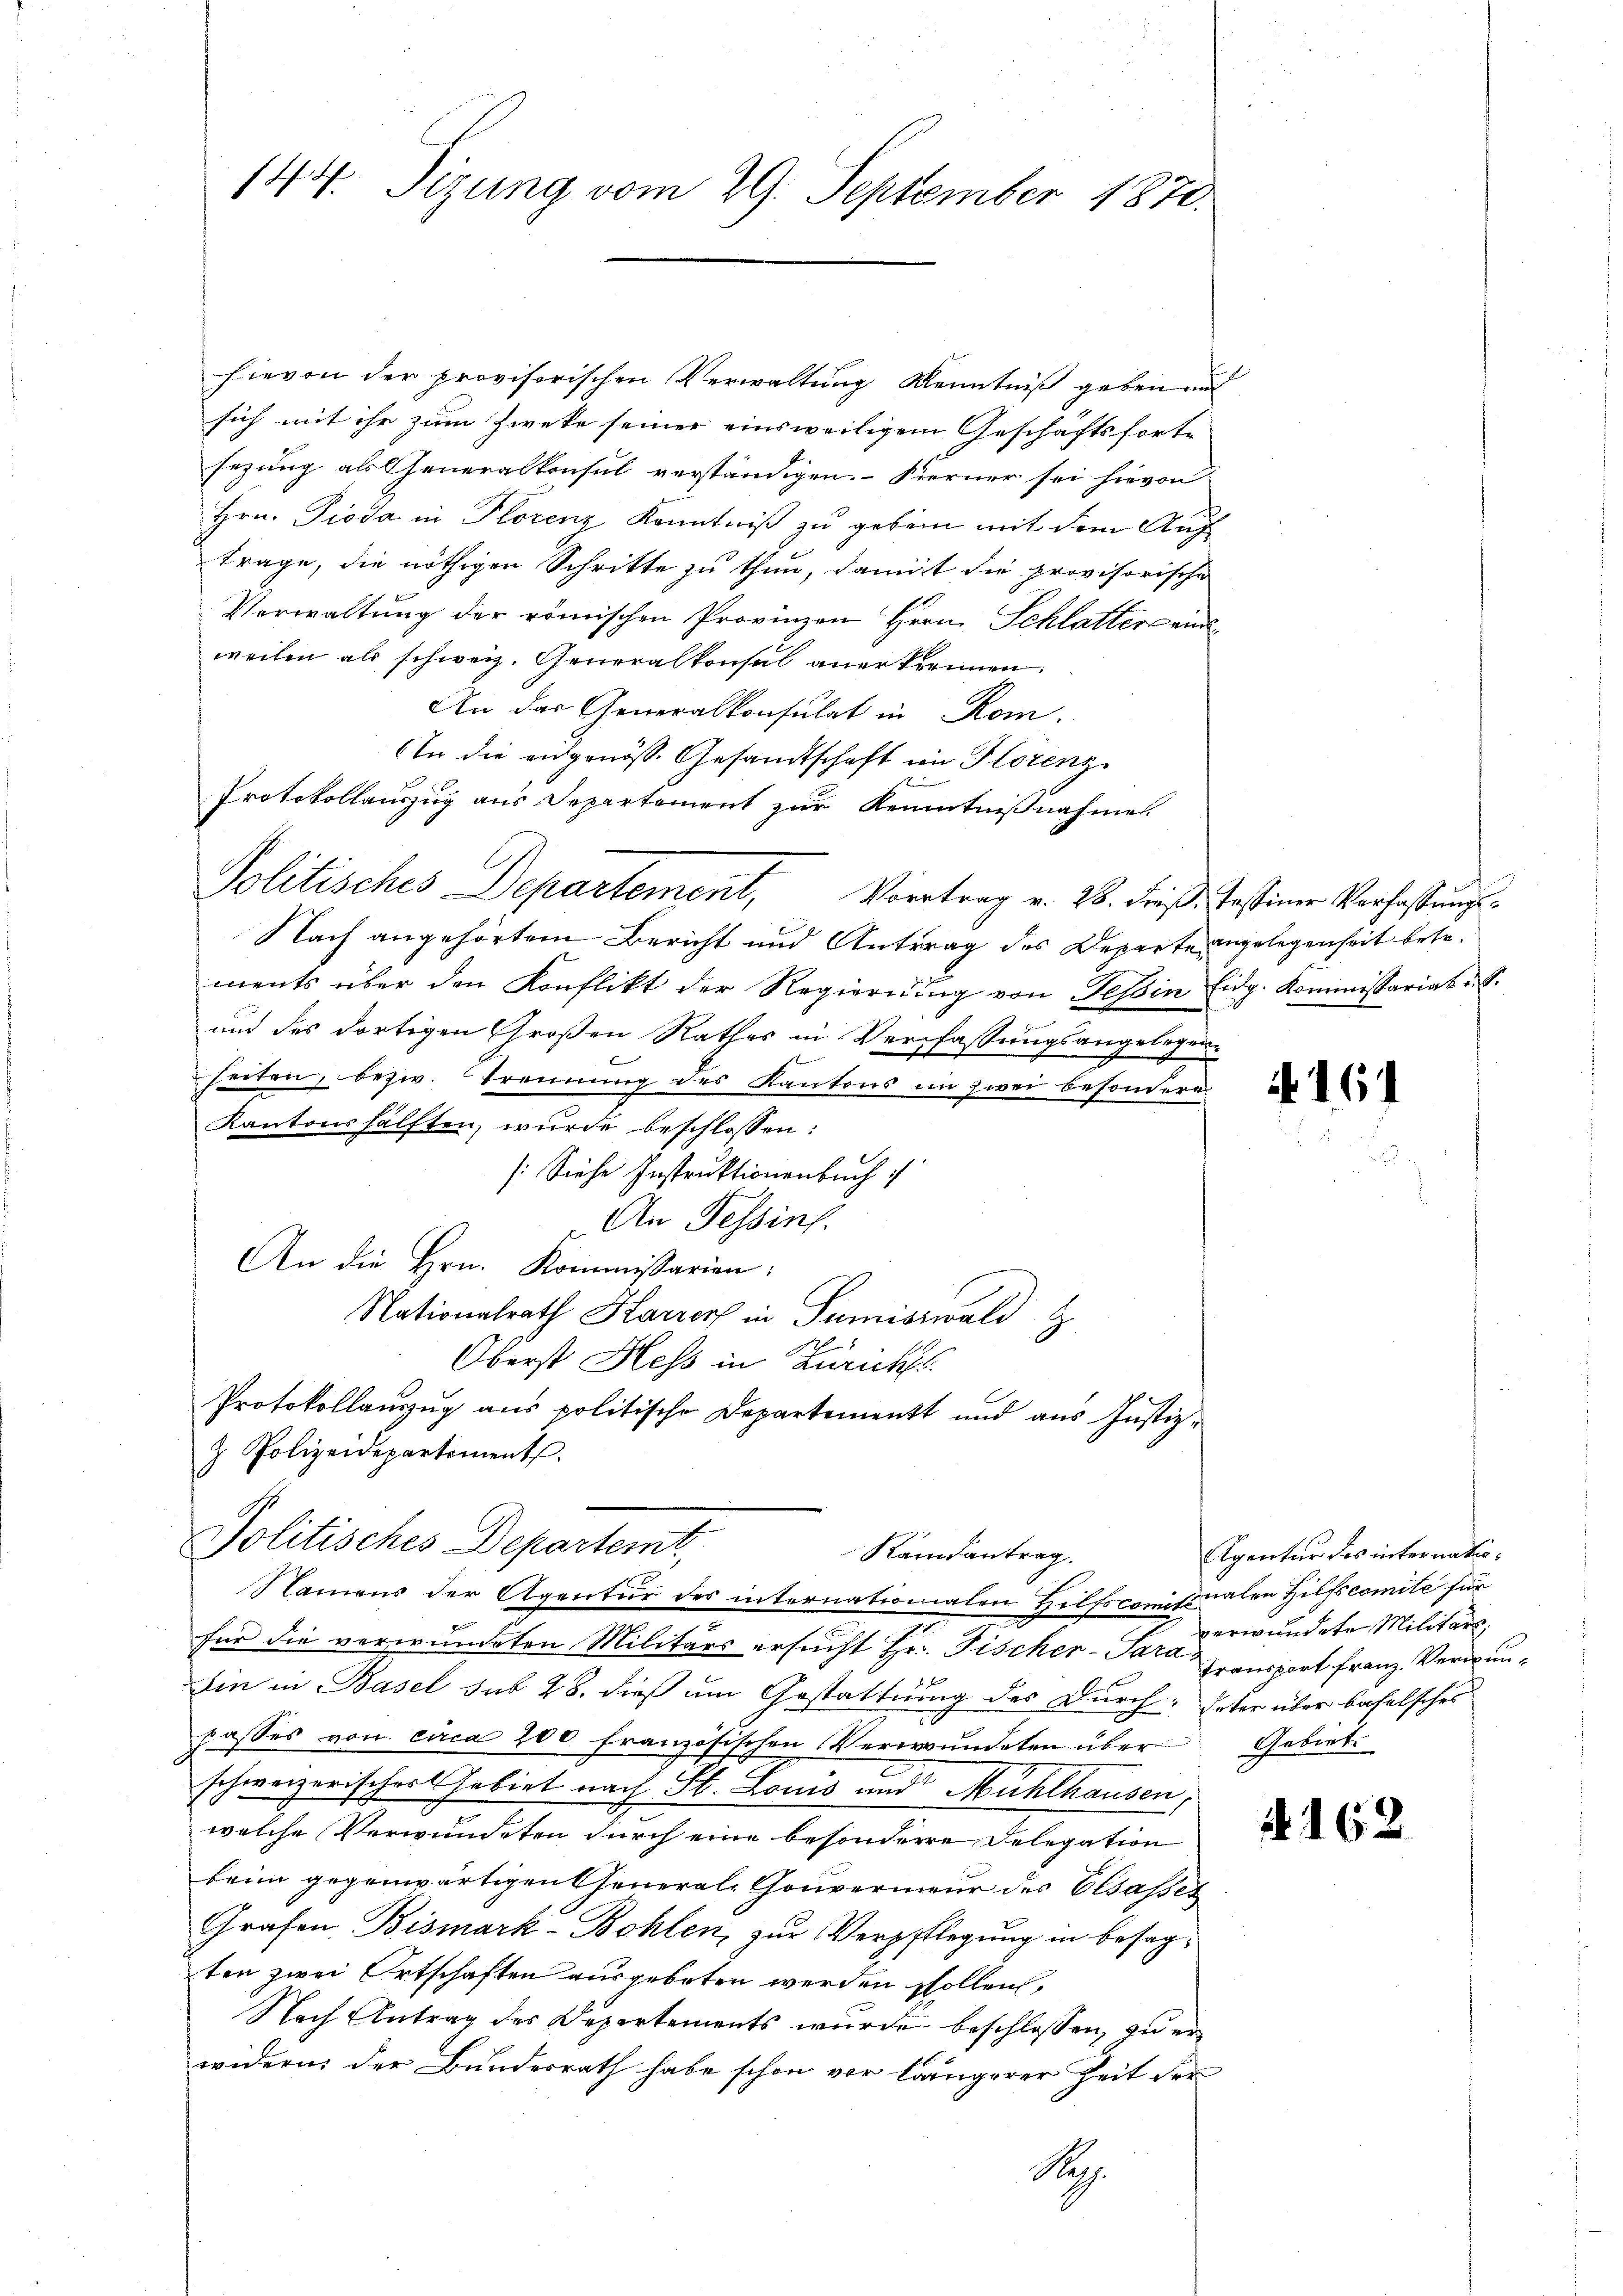
144. Tizung vom 29. September 1870.

hievon der provisorischen Verwaltung Kenntniß geben und
sich mit ihr zum Zweke seiner einsweiligem Geschäftsfort-
sezung als Generalkonsul verständigen. Ferner sei hievon
Hrn. Pioda in Plorenz Kenntniß zu geben mit dem Auftrage, die nöthigen Schritte zu thun, damit die provisorische
Verwaltung der römischen Provinzen Herrn Schlatter eine
weilen als schweiz. Generalkonsul anerkennen.
An das Generalkonsulat in Rom.
In die eidgenöss. Gesandtschaft im Florenz
Protokollauszug aus Departement zur Kenntnißnahme
.
Politisches Departement, Vortrag v. 28. dieß: Tessiner Verfassungs¬
Nach angehörtem Bericht und Antrag des Departe angelegenheit betr.
ments über den Konflikt der Regierung von Teßin Eidg. Kommissarias u. S.
und des dortigen Großen Rathes in Verpfassungsangelegen¬

seiten, bezw. Trennung des Kantons im zwei besondere
Kantonshälften, wurde beschlossen:
[Siehe Instruktionenbuch
An Tessins
An die Hrn. Kommissarien:
Nationalrath Harrer in Sumiswald
Oberst Hess in Züricht.
Protokollauszug aus politische Departement und aus Justiz¬
& Polizeidepartement.
Politisches Departemt,
Randantrag.
Namens der Agentur des internationalen Hilfscomisionalen Hilfscomite für
für die verwundeten Militärs ersucht Hr. Fischer-Sara Transport Franz Verwun¬
Ein in Basel sub 28. dieß um Gestattung des Durch Enter über bafalsches
passes von circa 200 französischen Verwundeten über Gebiet.
schweizerischert habirt nach St. Louis und Mühlhausen,
welche Verwundeten durch eine besondere Delegation
beim gegenwärtigen General-Gouverneur des Elsasset
Grafen Bismark-Bohlen, zur Verpflegung in besagten zwei Ortschaften ausgeboten werden sollen,
Nach Antrag des Departements wurde beschlossen, zu er
widern, der Bundesrath habe schon vor längerer Zeit der
Reg

4161

Agentur des internatioverwundete Militärs,

§ 162